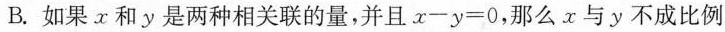
B.如果x和y是两种相关联的量，并且x一y=0，那么x与y不成比例